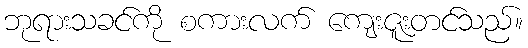
ဘုရားသခင်ကို စကားလက် ကျေးဇူးတင်သည်။